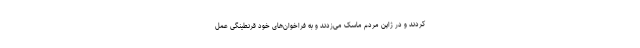
کردند و در ژاپن مردم ماسک می‌زدند و به فراخوان‌های خود قرنطینگی عمل